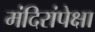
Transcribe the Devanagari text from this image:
मंदिरांपेक्षा